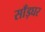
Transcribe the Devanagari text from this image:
साँड़घर